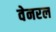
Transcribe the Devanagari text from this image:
वेनरल